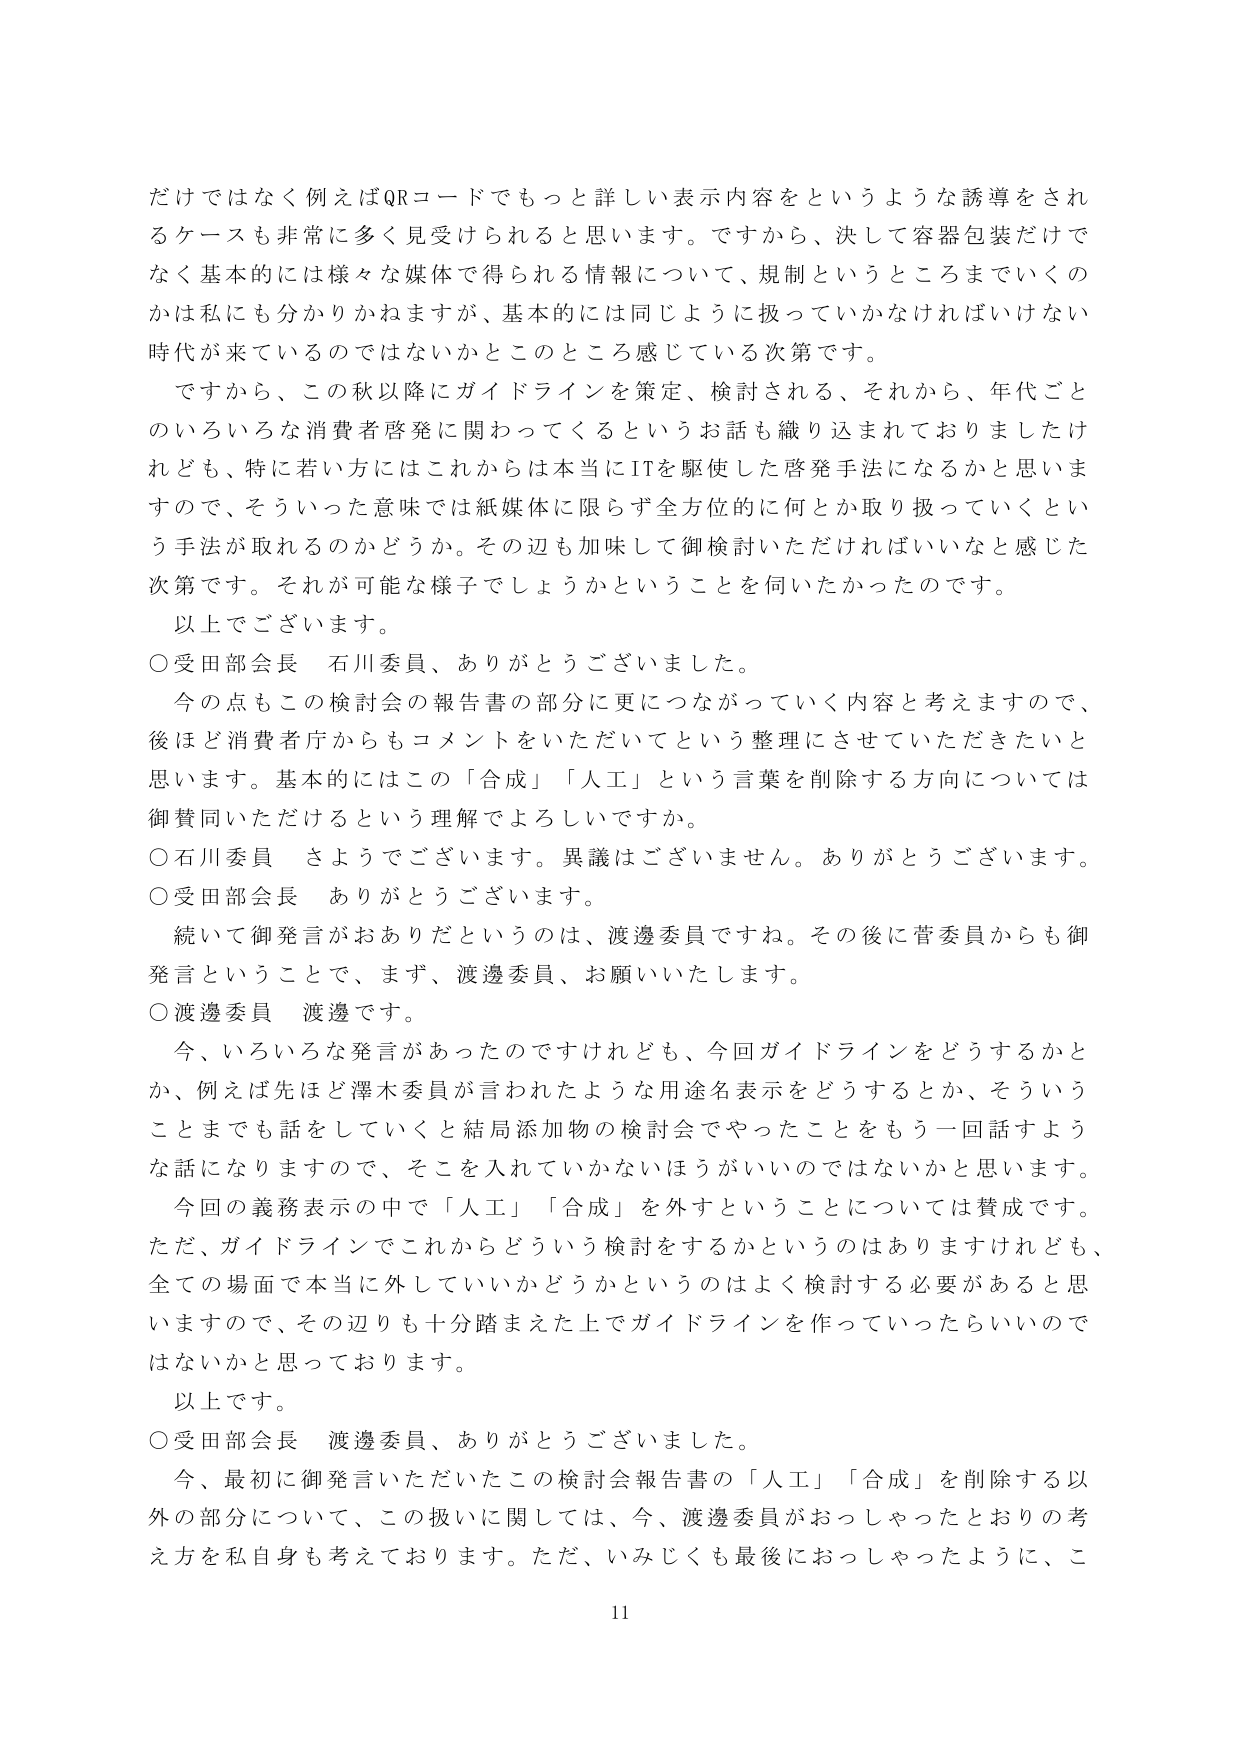
だけではなく例えばQRコードでもっと詳しい表示内容をというような誘導をされるケースも非常に多く見受けられると思います。ですから、決して容器包装だけでなく基本的には様々な媒体で得られる情報について、規制というところまでいくのかは私にも分かりかねますが、基本的には同じように扱っていかなければならない時代が来ているのではないかとこのところ感じている次第です。

ですから、この秋以降にガイドラインを策定、検討される、それから、年代ごとのいろいろな消費者啓発に関わってくるというお話も織り込まれておりましたけれども、特に若い方にはこれからは本当にITを駆使した啓発手法になるかと思いますので、そういった意味では紙媒体に限らず全方位的に何とか取り扱っていくという手法が取れるのかどうか。その辺も加味して御検討いただければいいなと感じた次第です。それが可能な様子でしょうかということを伺いたかったのです。

以上でございます。

○受田部会長 石川委員、ありがとうございました。

今の点もこの検討会の報告書の部分に更につながっていく内容と考えますので、後ほど消費者庁からもコメントをいただいてという整理にさせていただきたいと思います。基本的にはこの「合成」「人工」という言葉を削除する方向については御賛同いただけるという理解でよろしいですか。

○石川委員 さようでございます。異議はございません。ありがとうございます。

○受田部会長 ありがとうございます。

続いて御発言がおありだというのは、渡邊委員ですね。その後に菅委員からも御発言ということで、まず、渡邊委員、お願いいたします。

○渡邊委員 渡邊です。

今、いろいろな発言があったのですけれども、今回ガイドラインをどうするかとか、例えば先ほど澤木委員が言われたような濁途名表示をどうするとか、そういうことまでも話をしていくと結局添加物の検討会でやったことをもう一回話すような話になりますので、そこを入れていかないほうがいいのではないかと思います。

今回の義務表示の中で「人工」「合成」を外すということについては賛成です。ただ、ガイドラインでこれからどういう検討をするかというのはありますけれども、全ての場面で本当に外していいかどうかというのはよく検討する必要があると思いますので、その辺りも十分踏まえた上でガイドラインを作っていったらいいのではないかと思っております。

以上です。

○受田部会長 渡邊委員、ありがとうございました。

今、最初に御発言いただいたこの検討会報告書の「人工」「合成」を削除する以外の部分について、この扱いに関しては、今、渡邊委員がおっしゃったとおりの考え方を私自身も考えております。ただ、いみじくも最後におっしゃったように、こ

11